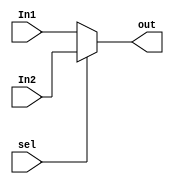
module Mux #(parameter width = 32)
(
    input   wire    [width-1:0]     In1,
    input   wire    [width-1:0]     In2,
    output  reg     [width-1:0]     out,
    input   wire                    sel

);

always @(*) 
    begin
        if(!sel)
            begin
                out = In1;
            end
        else
            begin
                out = In2;
            end
    end
    
endmodule